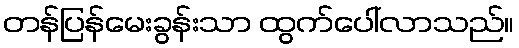
တန်ပြန်မေးခွန်းသာ ထွက်ပေါ်လာသည်။